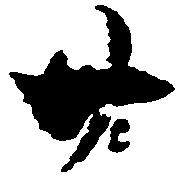
廿